Report of the Indian Hemp Drugs Commission, 1894-1895 - Volume VII
Year: 1894
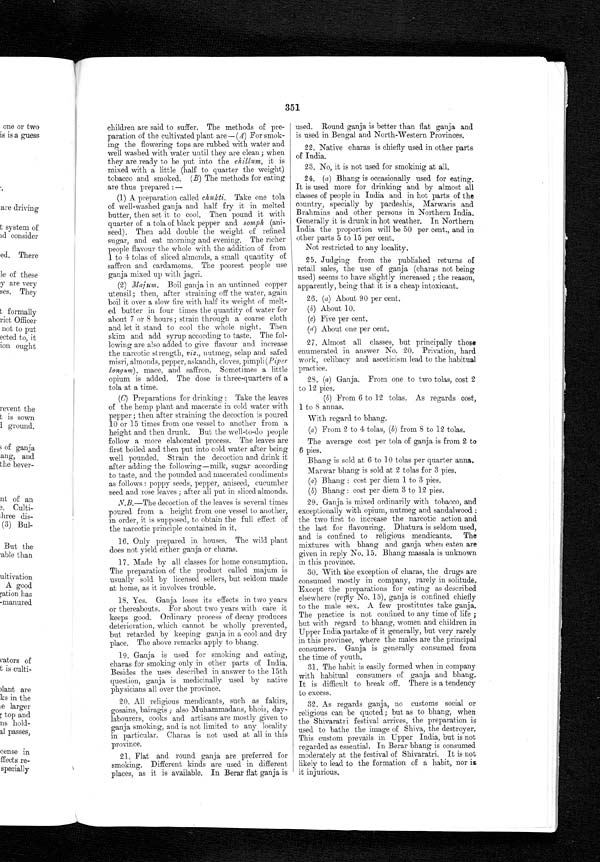
351
children are said to suffer. The methods of pre-
paration of the cultivated plant are — (A) For smok-
ing the flowering tops are rubbed with water and
well washed with water until they are clean; when
they are ready to be put into the chillum , it is
mixed with a little (half to quarter the weight)
tobacco and smoked. (B) The methods for eating
are thus prepared :
—
(1)A preparation called chukti. Take one tola
of well-washed ganja and half fry it in melted
butter, then set it to cool. Then pound it with
quarter of a tola of black pepper and somph (ani-
seed). Then add double the weight of refined
sugar, and eat morning and evening. The richer
people flavour the whole with the addition of from
1 to 4 tolas of sliced almonds, a small quantity of
saffron and cardamoms. The poorest people use
ganja mixed up with jagri.
(2)
Mahn. Boil ganja in an untinned copper
utensil ; then, after straining off the water, again
boil it over a slow fire with half its weight of melt-
ed butter in four times the quantity of water for
about 7 or 8 hours ; strain through a coarse cloth
and let it stand to cool the whole night. Then
skim and add syrup according to taste. The fol-
lowing are also added to give flavour and increase
the narcotic strength, viz., nutmeg, selap and safed
misri, almonds, pepper, askandh, cloves, pimpli (Piper
longum), mace, and saffron. Sometimes a little
opium is added. The dose is three-quarters of a
tola at a time.
( C) Preparations for drinking : Take the leaves
of the hemp plant and macerate in cold water with
pepper ; then after straining the decoction is poured
10 or 15 times from one vessel to another from a
height and then drunk. But the well-to-do people
follow a more elaborated process. The leaves are
first boiled and then put into cold water after being
well pounded. Strain the decoction and drink it
after adding the following—milk, sugar according
to taste, and the pounded and macerated condiments
as follows : poppy seeds, pepper, aniseed, cucumber
seed and rose leaves ; after all put in sliced almonds.
N.B.—The decoction of the leaves is several times
poured from a height from one vessel to another,
in order, it is supposed, to obtain the full effect of
the narcotic principle contained in it.
16. Only prepared in houses. The wild plant
does not yield either ganja or charas.
17. Made by all classes for home consumption.
The preparation of the product called majum is
usually sold by licensed sellers, but seldom made
at home, as it involves trouble.
18. Yes. Ganja loses its effects in two years
or thereabouts. For about two years with care it
keeps good. Ordinary process of decay produces
deterioration, which cannot be wholly prevented,
but retarded by keeping ganja in a cool and dry
place. The above remarks apply to bhang.
19. Ganja is used for smoking and eating,
charas for smoking only in other parts of India.
Besides the uses described in answer to the 15th
question, ganja is medicinally used by native
physicians all over the province.
20. All religious mendicants, such as fakirs,
gosains, bairagis ; also Muhammadans, bhois, day-
labourers, cooks and artisans are mostly given to
ganja smoking, and is not limited to any locality
in particular. Charas is not used at all in this
province.
21. at and round ganja are preferred for
smoking. Different kinds are used in different
places, as it is available. In Berar flat ganja is
used. Round ganja is better than flat ganja and
is used in Bengal and North-Western Provinces.
22. Native charas is chiefly used in other parts
of India.
23. No, it is not used for smoking at all.
24. (a) Bhang is occasionally used for eating.
It is used more for drinking and by almost all
classes of people in India and in hot parts of the
country, specially by pardeshis, Marwaris and
Brahmins and other persons in Northern India.
Generally it is drunk in hot weather. In Northern
India the proportion will be 50 per cent., and in
other parts 5 to 15 per cent.
Not restricted to any locality.
25. Judging from the published returns of
retail sales, the use of ganja (charas not being
used) seems to have slightly increased ; the reason,
apparently, being that it is a cheap intoxicant.
26. (a) About 90 per cent.
(b) About 10.
(c) Five per cent.
(d) A b o u t o n e p e r c e n t .
27. Almost all classes, but principally those
enumerated in answer No. 20. Privation, hard
work, celibacy and asceticism lead to the habitual
practice.
28. (a) Ganja. From one to two tolas, cost 2
to 12 pies.
(b) From 6 to 12 tolas. As regards cost,
1 to 8 annas.
With regard to bhang.
(a) From 2 to 4 tolas, (b) from 8 to 12 tolas.
The average cost per tola of ganja is from 2 to
6 pies.
Bhang is sold at 6 to 10 tolas per quarter anna.
Marwar bhang is sold at 2 tolas for 3 pies.
(a) Bhang : cost per diem 1 to 3 pies.
(b) Bhang : cost per diem 3 to 12 pies.
29. Ganja is mixed ordinarily with tobacco, and
exceptionally with opium, nutmeg and sandalwood :
the two first to increase the narcotic action and
the last for flavouring. Dhatura is seldom used,
and is confined to religious mendicants. The
mixtures with bhang and ganja when eaten are
given in reply No. 15. Bhang massala is unknown
in this province.
30. With the exception of charas, the drugs are
consumed mostly in company, rarely in solitude.
Except the preparations for eating as described
elsewhere (reply No. 15), ganja is confined chiefly
to the male sex. A few prostitutes take ganja.
The practice is not confined to any time of life ;
but with regard to bhang, women and children in
Upper India partake of it generally, but very rarely
in this province, where the males are the principal
consumers. Ganja is generally consumed from
the time of youth.
31. The habit is easily formed when in company
with habitual consumers of ganja and bhang.
It is difficult to break off. There is a tendency
to excess.
32. As regards ganja, no customs social or
religious can be quoted; but as to bhang, when.
the Shivaratri festival arrives, the preparation is
used to bathe the image of Shiva, the destroyer.
This custom prevails in Upper India, but is not
regarded as essential. In Berar bhang is consumed
moderately at the festival of Shivaratri. It is not
likely to lead to the formation of a habit, nor is
it injurious.